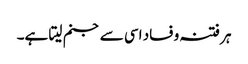
ہر فتنہ و فساد اسی سے جنم لیتا ہے۔